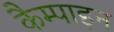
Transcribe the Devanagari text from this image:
कैम्पाइन